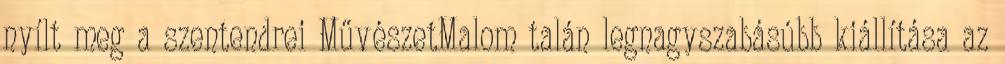
nyílt meg a szentendrei MűvészetMalom talán legnagyszabásúbb kiállítása az